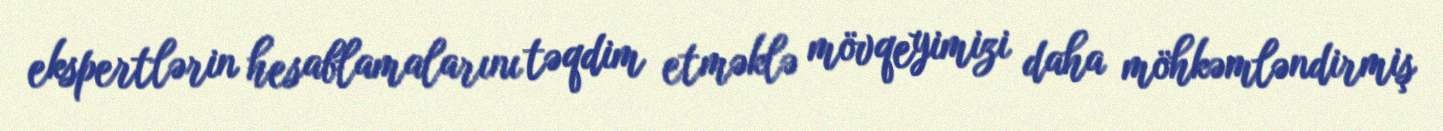
ekspertlərin hesablamalarını təqdim etməklə mövqeyimizi daha möhkəmləndirmiş